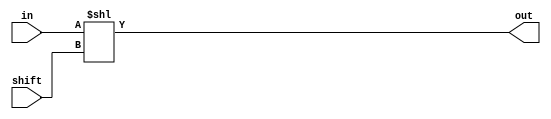
module SHIFT_left(
	input wire [31:0] in, shift,
	output wire [31:0] out);

	assign out[31:0] = in<<shift;
endmodule